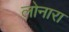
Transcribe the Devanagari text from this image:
लोनारा